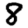
Digit: 8